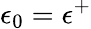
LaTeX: \epsilon_{0}=\epsilon^{+}